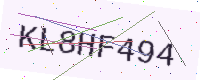
Text: KL8HF494